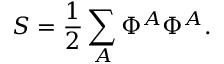
S = { \frac { 1 } { 2 } } \sum _ { A } \Phi ^ { A } \Phi ^ { A } .